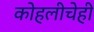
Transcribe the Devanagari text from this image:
कोहलीचेही